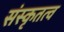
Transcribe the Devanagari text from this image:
संस्कृतत्व